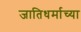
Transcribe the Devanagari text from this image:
जातिधर्माच्या